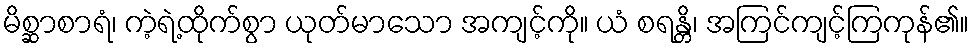
မိစ္ဆာစာရံ၊ ကဲ့ရဲ့ထိုက်စွာ ယုတ်မာသော အကျင့်ကို။ ယံ စရန္တိ၊ အကြင်ကျင့်ကြကုန်၏။